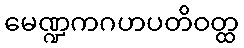
မေဏ္ဍကဂဟပတိဝတ္ထ